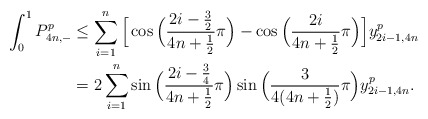
\begin{align*} \int_0^1 P_{4n,-}^p &\leq \sum_{i=1}^{n}\Big[\cos\Big(\frac{2i-\frac{3}{2}}{4n+\frac{1}{2}}\pi\Big)-\cos\Big(\frac{2i}{4n+\frac{1}{2}}\pi\Big)\Big]y_{2i-1,4n}^p \\ &= 2\sum_{i=1}^{n}\sin\Big(\frac{2i-\frac{3}{4}}{4n+\frac{1}{2}}\pi\Big)\sin\Big(\frac{3}{4(4n+\frac{1}{2})}\pi\Big)y_{2i-1,4n}^p. \end{align*}